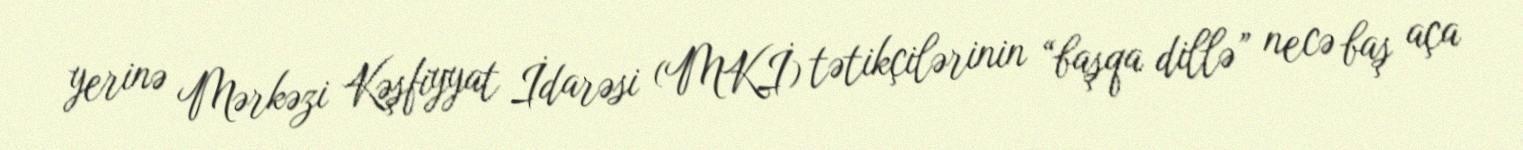
yerinə Mərkəzi Kəşfiyyat İdarəsi (MKİ) tətikçilərinin “başqa dillə” necə baş aça